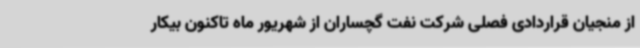
از منجیان قراردادی فصلی شرکت نفت گچساران از شهریور ماه تاکنون بیکار